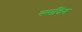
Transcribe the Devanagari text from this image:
स्म्पत्तिन